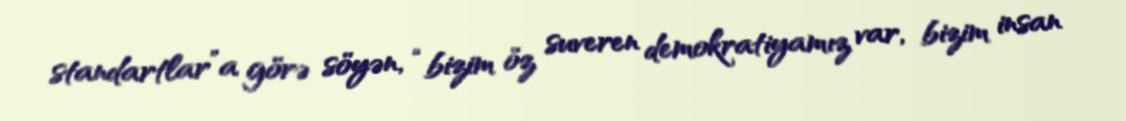
standartlar”a görə söyən, “bizim öz suveren demokratiyamız var, bizim insan